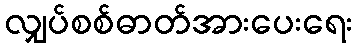
လျှပ်စစ်ဓာတ်အားပေးရေး